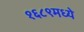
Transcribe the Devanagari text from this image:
१६८९मध्ये